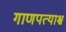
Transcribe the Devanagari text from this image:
गाणपत्याश्च